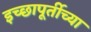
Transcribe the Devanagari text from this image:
इच्छापूर्तीच्या